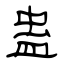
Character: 蛊